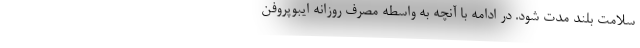
سلامت بلند مدت شود. در ادامه با آنچه به واسطه مصرف روزانه ایبوپروفن